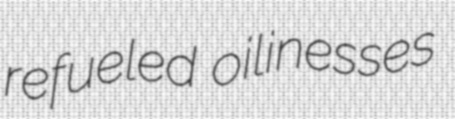
refueled oilinesses